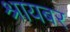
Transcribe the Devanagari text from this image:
श्रायबर